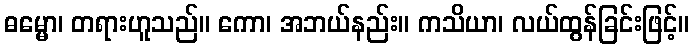
ဓမ္မော၊ တရားဟူသည်။ ကော၊ အဘယ်နည်း။ ကသိယာ၊ လယ်ထွန်ခြင်းဖြင့်။